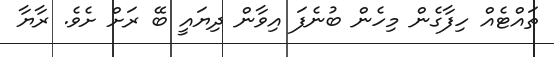
ތައްޓެއް ހިފާގެން މިހެން ބުނެފަ އިވާން ދިޔައީ ބޭ ރަށް ށެވެ. ރާޔާ